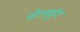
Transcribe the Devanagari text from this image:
सेलमुंग